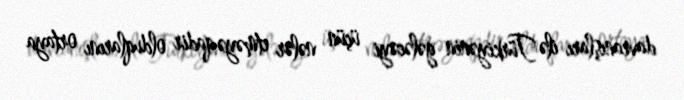
davranışları ilə Türkiyənin gələcəyi üçün nələr etməyə qadir olduqlarını ortaya